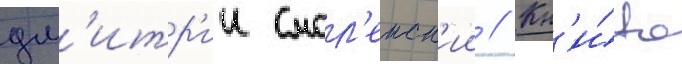
дм'итр'ии смол'енск'ии // Кн'и́га